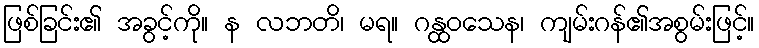
ဖြစ်ခြင်း၏ အခွင့်ကို။ န လဘတိ၊ မရ။ ဂန္ထဝသေန၊ ကျမ်းဂန်၏အစွမ်းဖြင့်။